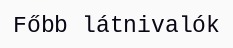
Főbb látnivalók